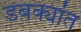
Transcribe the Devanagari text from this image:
डबक्यांत